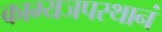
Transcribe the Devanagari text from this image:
काम्यजपस्थानं